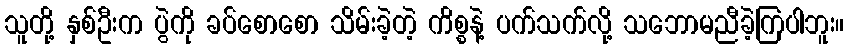
သူတို့ နှစ်ဦးက ပွဲကို ခပ်စောစော သိမ်းခဲ့တဲ့ ကိစ္စနဲ့ ပက်သက်လို့ သဘောမညီခဲ့ကြပါဘူး။